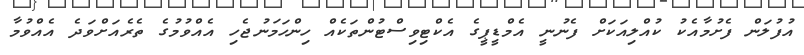
އުފުލަން ފެށުމާއެކު ކުއްލިއަކަށް ފެނުނީ އެމްޑީޕީގެ އެކްޓިވިސްޓުންތަކެއް ހިންހަމަނުޖެހި އެއްވުމުގެ ތެރެއަށްވަދެ އެއްވުމާ